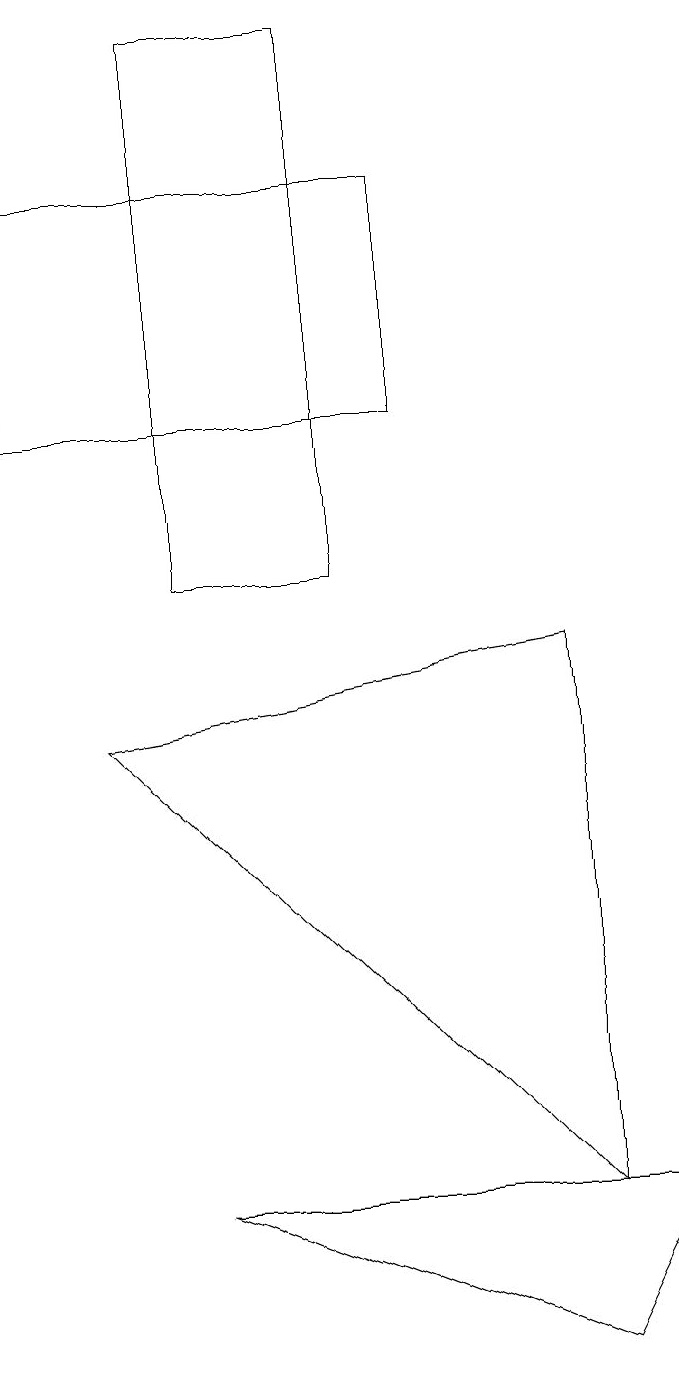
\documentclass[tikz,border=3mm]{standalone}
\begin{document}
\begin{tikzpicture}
\draw (3,17) rectangle (5,10);
\draw (8,9) -- (2,8) -- (8,2) -- cycle;
\draw (9,2) -- (8,0) -- (3,2) -- cycle;
\draw (1,15) rectangle (6,12);
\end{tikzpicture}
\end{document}